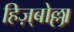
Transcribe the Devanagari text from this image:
हिज़्बोल्ला